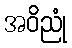
အဝိညုံ